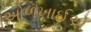
ઓળખાઈએ